Report of the Municipal Commissioner on the plague in Bombay for the year ending 31st May... - Volume 1
Disease focus: Plague
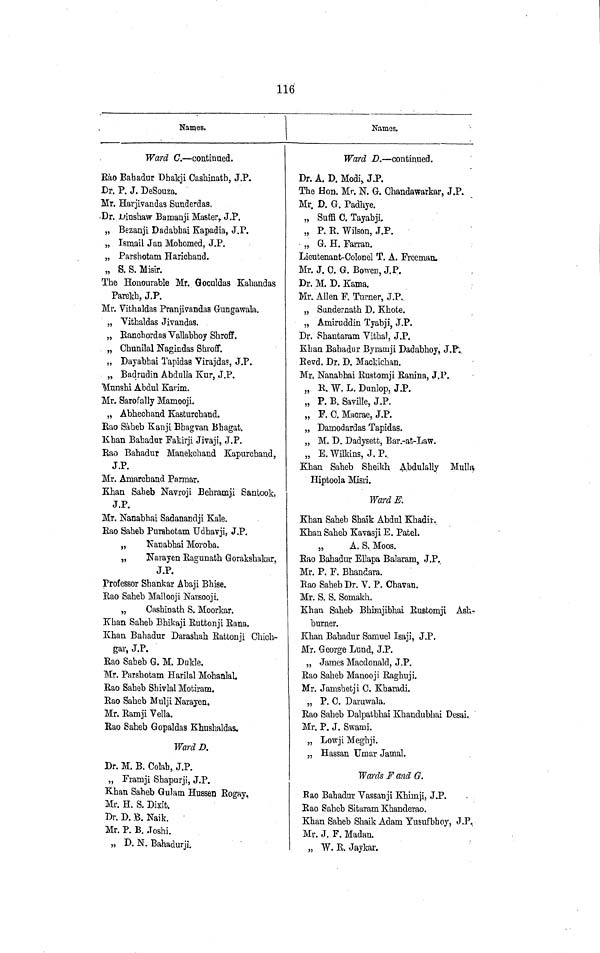
116
Names.
Ward C. — continued.
Rào Bahadur Dhakji Cashinath, J.P.
Dr. P. J. DeSouza.
Mr. Harjivandas Sunderdas,
Dr. Dinshaw Bamanji Master, J.P.
„ Bezanji Dadabhai Kapadia, J.P.
„ Ismail Jan Mohomed, J.P.
„ Parshotam Harichand.
„ S. S. Misir.
The Honourable Mr. Goculdas Kahandas
Parekh, J.P.
Mr. Vithaldas Pranjivandaa G-ungawala.
„ Vithaldas Jivandas.
„ Eanchordas Vallabhoy Shroff.
„ Chunilal Nagindas Shroff.
„ Dayabhai Tapidas Virajdas, J.P..
„ Badrudin Abdulla Kur, J.P.
"Munshi Abdul Kavim.
Mr. Sarofally Mamooji.
„ Abhechand Kasturchand.
Rao Saheb Kanji Bhagvan Bhagat.
Khan Bahadur Fakirji Jivaji, J.P.
Rao Bahadur Manekchand Kapurchand,
J.P.
Mr. Amarchand Parmar.
Khan Saheb Navroji Behramji Santook,
J.P.
Mr. Nanabhai Sadanandji Kale.
Rao Saheb Purshotam Udhavji, J.P.
„
Nanabhai Moroba.
„
Narayen Ragunath Gorakahakar,
J.P.
Professor Shankar Abaji Bhise.
Rao Saheb Mallooji Narsooji.
„
Casbinath S. Moorkar.
Khan Saheb Bhikaji Ruttonji Rana.
Khan Bahadur Darashah Rattonji Chich-
gar, J.P.
Rao Saheb G. M. Dukle.
Mr. Paishotam Harilal Mohanlal.
Rao Saheb Shivlal Motiram.
Rao Saheb Mulji Narayen.
Mr. Ramji Vella.
Rao Saheb Gopaldas Khushaldas,
Ward D.
Dr. M. B. Colab, J.P.
„ Framji Shapurji, J.P.
Khan Saheb Qulam Hussen Rogay,
Mr. H. S. Dixit.
Dr. D. B. Naik.
Mr. P. B. .Toshi.
„ D. N. Bahadurji.
Names.
Ward D. — continued.
Dr. A. D. Modi, J.P.
The Hon. Mr. N. G. Chandawarkar, J.P.
Mr. D. G. Padhye.
„ Suffi C. Tayabji.
„ P. E. Wilson, J.P.
„ G. H. Farran.
Lieutenant-Colonel T. A. Freeman.
Mr. J. C. G. Bowen, J.P.
Dr. M. D. Kama.
Mr. Allen F. Turner, J.P.
„ Sundernath D. Khote.
„ Amiruddin Tyabji, J.P.
Dr. Shantaram Vithal, J.P.
Khan Bahadur Byramji Dadabhoy, J.P.
Bevd. Dr. D. Mackichan.
Mr. Nanabhai Rustomji Ranina, J.P.
„ R. W. L. Dunlop, J.P.
„ P. B. Saville, J.P.
„ F. C. Macrae, J.P.
„ Damodardas Tapidas.
„ M. D. Dadysett, Bar.-at-Law.
„ E. Wilkins, J. P..
Khan Saheb Sheikh Abdulally MullĤ
iptoola Misri.
Ward E.
Khan Saheb Shaik Abdul Khadir.
Khan Saheb Kavasji E. Patel.
„
A. S. Moos.
Rao Bahadur Ellapa Balaram, J.P.
Mr. P. F. Bhandara.
Rao Saheb Dr. V. P. Chavan.
Mr. S. S. Somakh,
Khan Saheb Bhimjibhai Rustomji Ash-r
burner.
Khan Bahadur Samuel Isaji, J.P.
Mr. George Lund, J.P.
„ James Macdonald, J.P.
Rao Saheb Manooji Raghuji.
Mr. Jamshetji C. Kharadi.
„ P. C. Daruwala.
Rao Saheb Dalpatbhai Khandubhai Desai.
Mr. P. J. Swami.
„ Lowji Meghji.
„ Hassan Umar Jamal.
Wards F and G.
Rao Bahadur Vassanji Khimji, J.P.
Rao Saheb Sitaram Khanderao.
Khan Saheb Shaik Adam Yusufbhoy, J.P.
Mr. J. F. Madan.
„ W. E. Jaykar.